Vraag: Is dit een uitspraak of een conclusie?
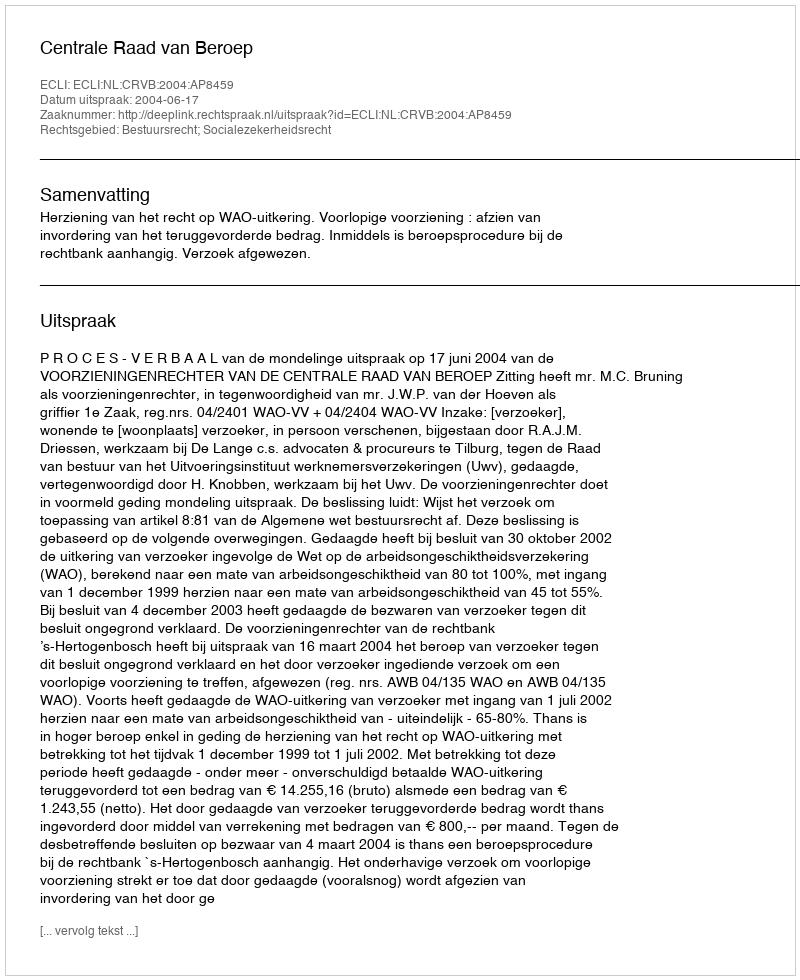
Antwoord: Uitspraak